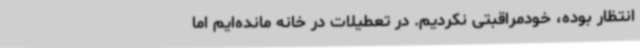
انتظار بوده، خودمراقبتی نکردیم. در تعطیلات در خانه مانده‌ایم اما